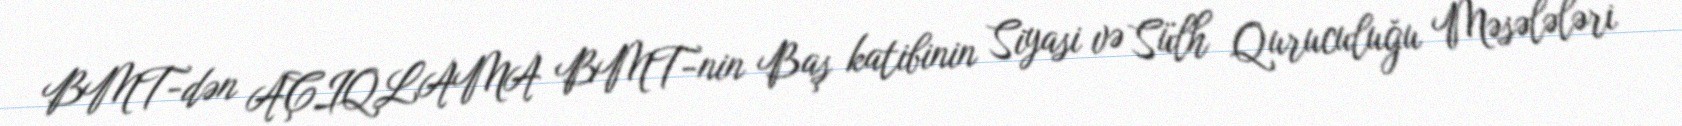
BMT-dən AÇIQLAMA BMT-nin Baş katibinin Siyasi və Sülh Quruculuğu Məsələləri